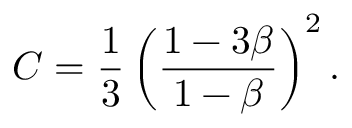
C = \frac { 1 } { 3 } \left( \frac { 1 - 3 \beta } { 1 - \beta } \right) ^ { 2 } .